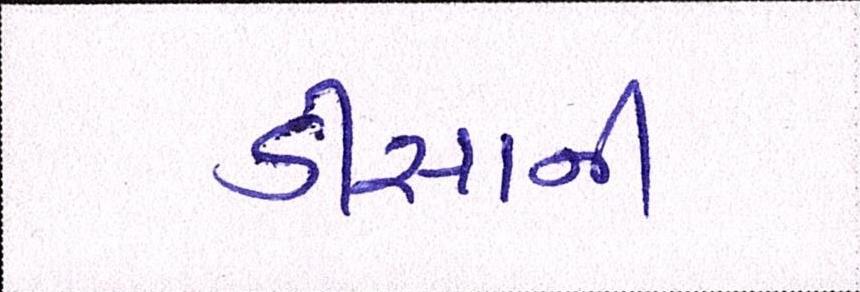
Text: ડીસાની